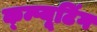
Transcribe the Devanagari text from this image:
क्म्प्यूटिंग